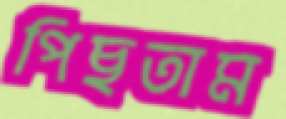
পিছতাম